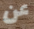
عن